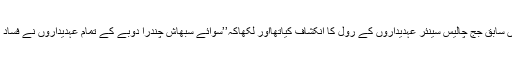
اپنی700صفحات پر مشتمل رپورٹ میں سابق جج چالیس سینئر عہدیداروں کے رول کا انکشاف کیاتھااور لکھاکہ’’سوائے سبھاش چندرا دوبے کے تمام عہدیداروں نے فساد کو روکنے کی موثر کوشش کی تھی‘‘ ۔